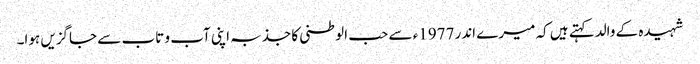
شہیدہ کے والدکہتے ہیں کہ میرے اندر 1977ء سے حب الوطنی کا جذبہ اپنی آب و تاب سے جاگزیں ہوا۔